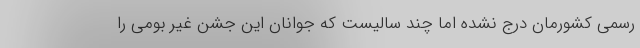
رسمی کشورمان درج نشده اما چند سالیست که جوانان این جشن غیر بومی را